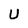
Character: U